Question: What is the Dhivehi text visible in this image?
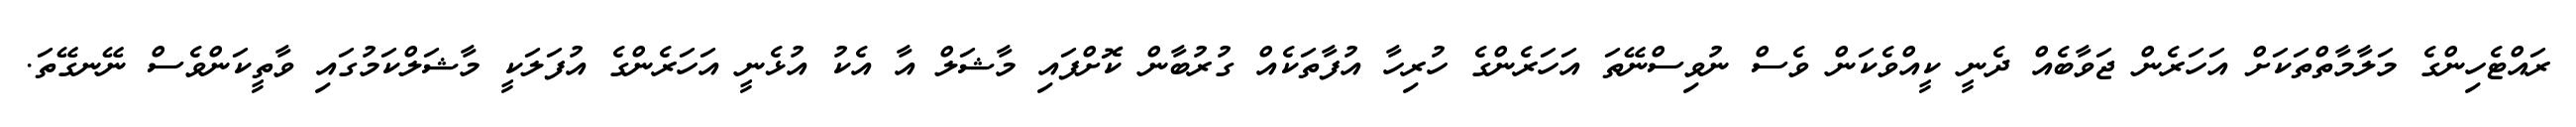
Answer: ރައްޓެހިންގެ މަލާމާތްތަކަށް އަހަރެން ޖަވާބެއް ދެނީ ކީއްވެކަން ވެސް ނުވިސްނޭތަ އަހަރެންގެ ހުރިހާ އުފާތަކެއް ގުރުބާން ކޮށްފައި މާޝަލް އާ އެކު އުޅެނީ އަހަރެންގެ އުފަލަކީ މާޝަލްކަމުގައި ވާތީކަންވެސް ނޭނގޭތަ.